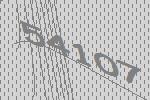
54107